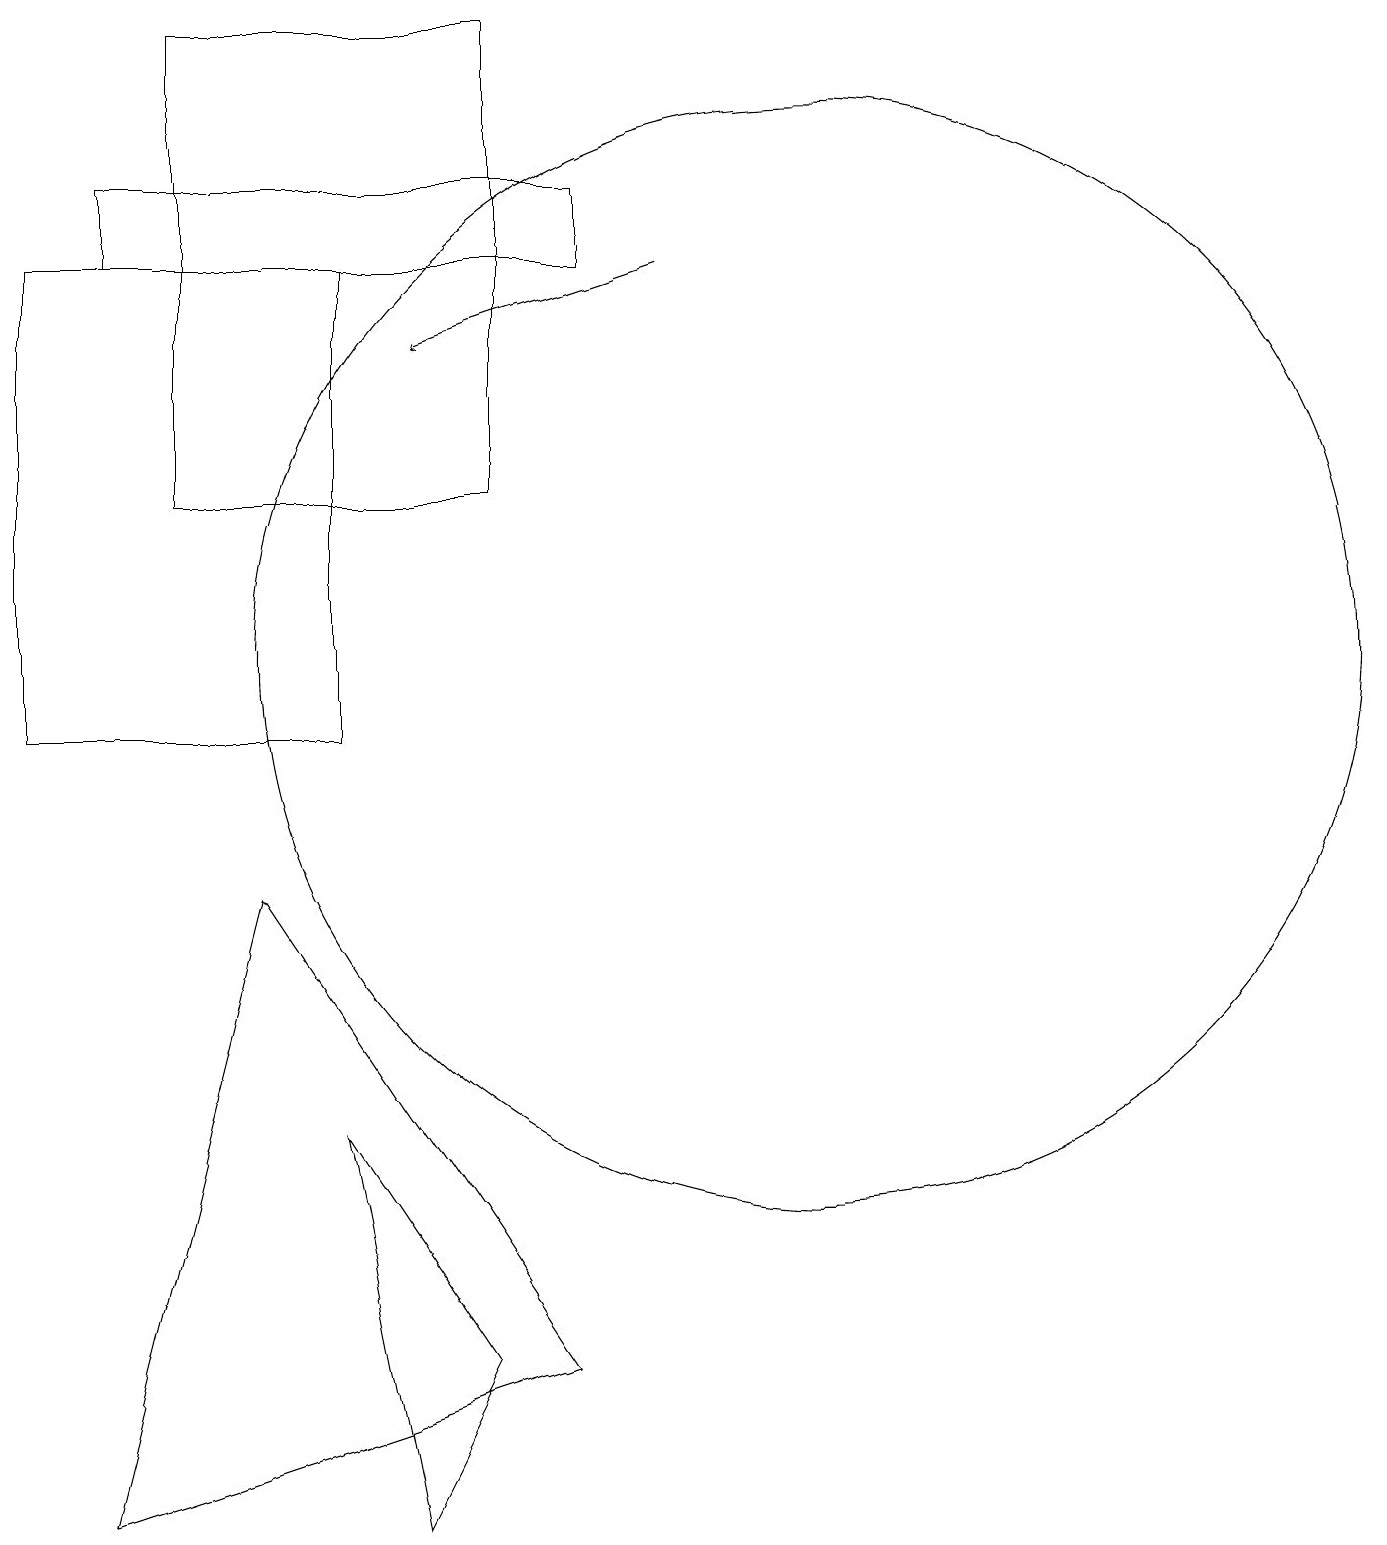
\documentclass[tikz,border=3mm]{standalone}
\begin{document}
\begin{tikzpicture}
\draw (1,10) rectangle (5,16);
\draw (3,19) rectangle (7,13);
\draw (2,0) -- (4,8) -- (8,2) -- cycle;
\draw (11,11) circle (7);
\draw[->] (9,16) -- (6,15);
\draw (2,16) rectangle (8,17);
\draw (6,0) -- (5,5) -- (7,2) -- cycle;
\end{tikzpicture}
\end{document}